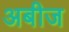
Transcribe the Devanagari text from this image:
अबीज